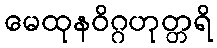
မေထုနဝိဂ္ဂဟုတ္တရိ